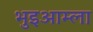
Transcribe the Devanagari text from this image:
भुइआम्ला